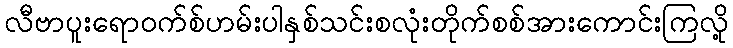
လီဗာပူးရောဝက်စ်ဟမ်းပါနှစ်သင်းစလုံးတိုက်စစ်အားကောင်းကြလို့